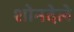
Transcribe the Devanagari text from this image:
शोनदेले